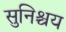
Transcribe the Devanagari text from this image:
सुनिश्चय